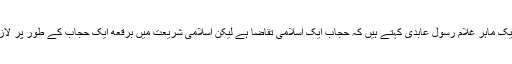
اسلامی قانون کے ایک ماہر غلام رسول عابدی کہتے ہیں کہ حجاب ایک اسلامی تقاضا ہے لیکن اسلامی شریعت میں برقعه ایک حجاب کے طور پر لازمی شرط نہیں ہے۔